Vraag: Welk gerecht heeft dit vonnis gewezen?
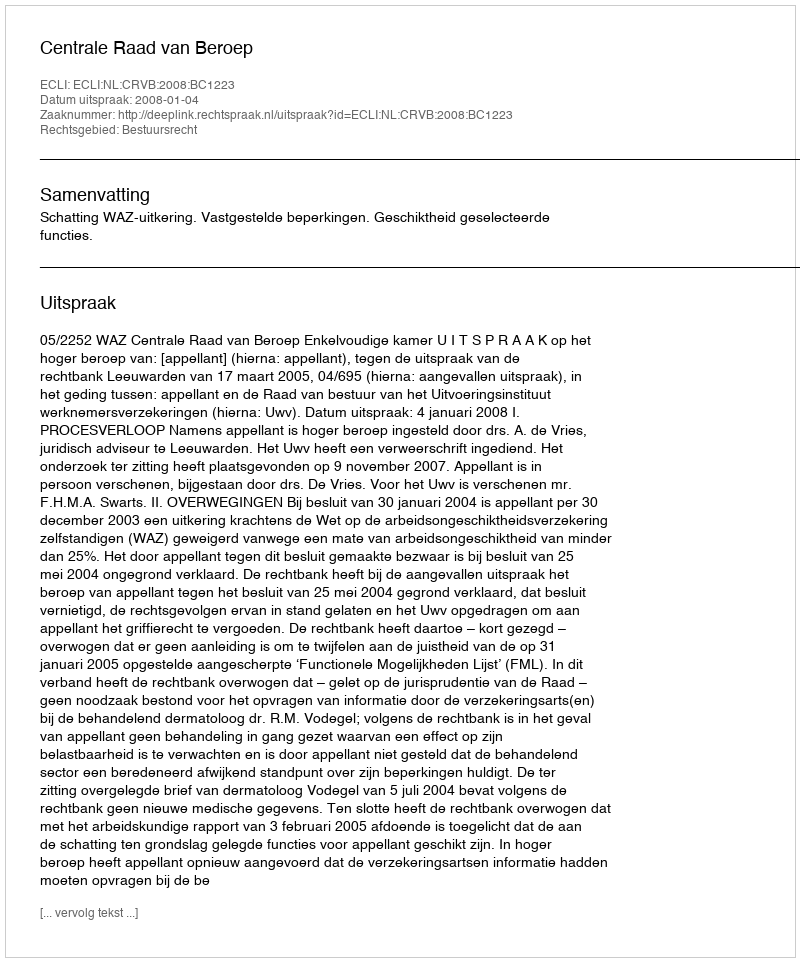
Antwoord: Centrale Raad van Beroep